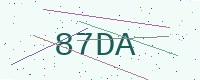
Text: 87DA